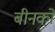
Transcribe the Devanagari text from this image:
बीनकों